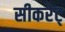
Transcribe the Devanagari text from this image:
सीकरेट्